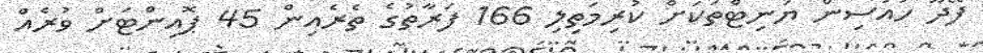
ފޭދޫ ހައުސިން ޔުނިޓްތަކަށް ކުރިމަތިލި 166 ފަރާތުގެ ތެރެއިން 45 ޕޮއިންޓަށް ވުރެއް